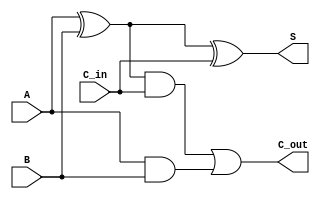
module FA(A, B, S, C_in, C_out);
input A, B, C_in;
output S, C_out;
assign S = A ^ B ^ C_in,
 C_out = ((A ^ B) & C_in) | (A & B);
endmodule
module Adder4bit(a, b, s, c_input, c_output);
input [3:0]a, b;
input c_input;
output [3:0]s;
output c_output;
wire [3:0]c;
FA U0(.A(a[0]), .B(b[0]) ,.S(s[0]), .C_in(c_input), .C_out(c[1]));
FA U1(.A(a[1]), .B(b[1]) ,.S(s[1]), .C_in(c[1]), .C_out(c[2]));
FA U2(.A(a[2]), .B(b[2]) ,.S(s[2]), .C_in(c[2]), .C_out(c[3]));
FA U3(.A(a[3]), .B(b[3]) ,.S(s[3]), .C_in(c[3]), .C_out(c_output));
endmodule